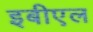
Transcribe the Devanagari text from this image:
इबीएल